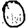
Digit: 0